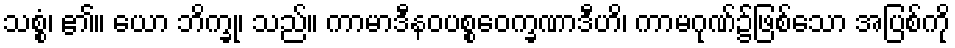
သစ္စံ၊ ၏။ ယော ဘိက္ခု၊ သည်။ ကာမာဒီနဝပစ္စဝေက္ခဏာဒီဟိ၊ ကာမဂုဏ်၌ဖြစ်သော အပြစ်ကို